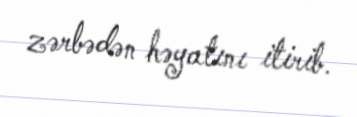
zərbədən həyatını itirib.